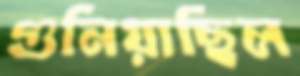
গুনিয়াছিল